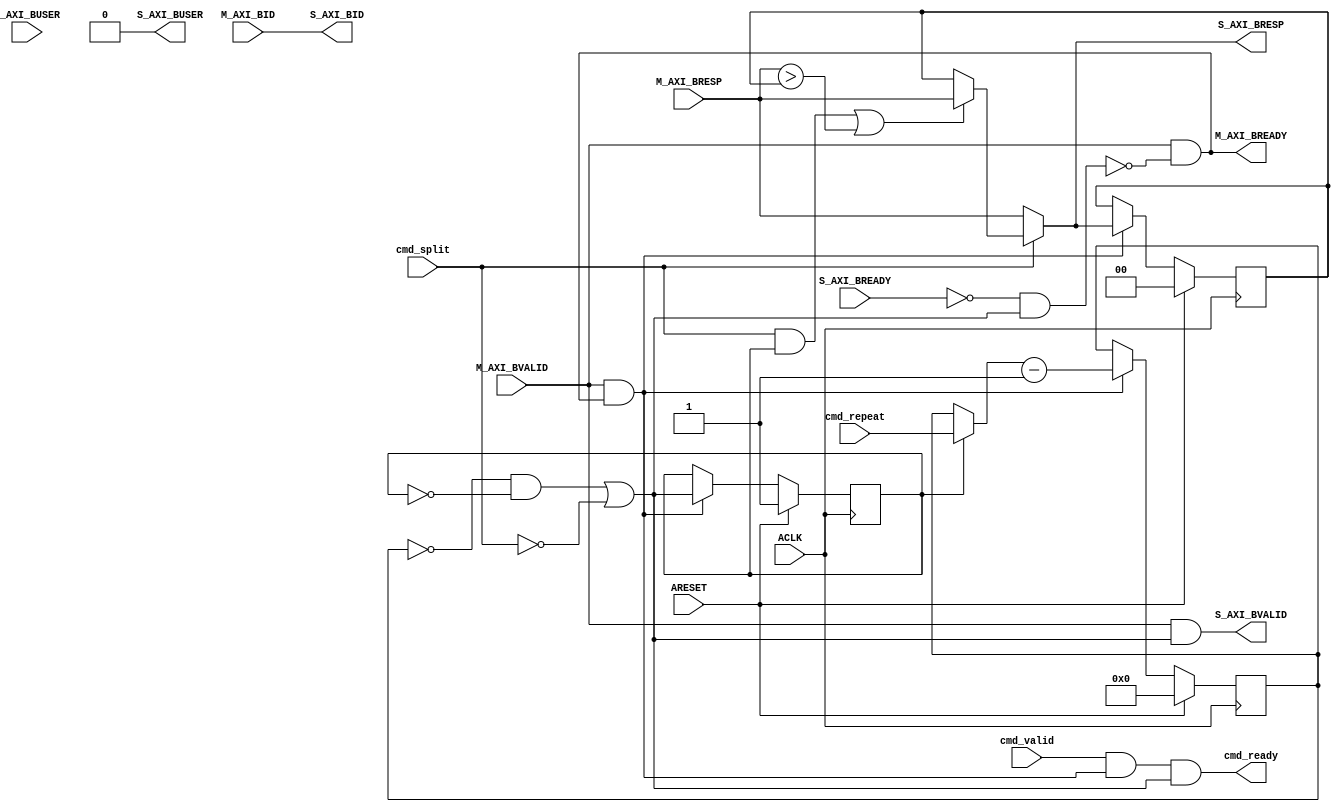
// -- (c) Copyright 2010 - 2011 Xilinx, Inc. All rights reserved.
// --
// -- This file contains confidential and proprietary information
// -- of Xilinx, Inc. and is protected under U.S. and 
// -- international copyright and other intellectual property
// -- laws.
// --
// -- DISCLAIMER
// -- This disclaimer is not a license and does not grant any
// -- rights to the materials distributed herewith. Except as
// -- otherwise provided in a valid license issued to you by
// -- Xilinx, and to the maximum extent permitted by applicable
// -- law: (1) THESE MATERIALS ARE MADE AVAILABLE "AS IS" AND
// -- WITH ALL FAULTS, AND XILINX HEREBY DISCLAIMS ALL WARRANTIES
// -- AND CONDITIONS, EXPRESS, IMPLIED, OR STATUTORY, INCLUDING
// -- BUT NOT LIMITED TO WARRANTIES OF MERCHANTABILITY, NON-
// -- INFRINGEMENT, OR FITNESS FOR ANY PARTICULAR PURPOSE; and
// -- (2) Xilinx shall not be liable (whether in contract or tort,
// -- including negligence, or under any other theory of
// -- liability) for any loss or damage of any kind or nature
// -- related to, arising under or in connection with these
// -- materials, including for any direct, or any indirect,
// -- special, incidental, or consequential loss or damage
// -- (including loss of data, profits, goodwill, or any type of
// -- loss or damage suffered as a result of any action brought
// -- by a third party) even if such damage or loss was
// -- reasonably foreseeable or Xilinx had been advised of the
// -- possibility of the same.
// --
// -- CRITICAL APPLICATIONS
// -- Xilinx products are not designed or intended to be fail-
// -- safe, or for use in any application requiring fail-safe
// -- performance, such as life-support or safety devices or
// -- systems, Class III medical devices, nuclear facilities,
// -- applications related to the deployment of airbags, or any
// -- other applications that could lead to death, personal
// -- injury, or severe property or environmental damage
// -- (individually and collectively, "Critical
// -- Applications"). Customer assumes the sole risk and
// -- liability of any use of Xilinx products in Critical
// -- Applications, subject only to applicable laws and
// -- regulations governing limitations on product liability.
// --
// -- THIS COPYRIGHT NOTICE AND DISCLAIMER MUST BE RETAINED AS
// -- PART OF THIS FILE AT ALL TIMES.
//-----------------------------------------------------------------------------
//
// Description: Write Data Response Down-Sizer
// Collect MI-side responses and set the SI-side response to the most critical
// level (in descending order):
//    DECERR, SLVERROR and OKAY.
// EXOKAY cannot occur for split transactions. 
//
//
// Verilog-standard:  Verilog 2001
//--------------------------------------------------------------------------
//
// Structure:
//   wr_upsizer
//
//--------------------------------------------------------------------------
`timescale 1ps/1ps

module ict106_b_downsizer #
  (
   parameter         C_FAMILY                         = "none", 
                       // FPGA Family. Current version: virtex6 or spartan6.
   parameter integer C_AXI_ID_WIDTH                   = 4, 
                       // Width of all ID signals on SI and MI side of converter.
                       // Range: >= 1.
   parameter integer C_AXI_SUPPORTS_USER_SIGNALS      = 0,
                       // 1 = Propagate all USER signals, 0 = Dont propagate.
   parameter integer C_AXI_BUSER_WIDTH                = 1
                       // Width of BUSER signals. 
                       // Range: >= 1.
   )
  (
   // Global Signals
   input  wire                                                    ARESET,
   input  wire                                                    ACLK,

   // Command Interface
   input  wire                              cmd_valid,
   input  wire                              cmd_split,
   input  wire [4-1:0]                      cmd_repeat,
   output wire                              cmd_ready,
   
   // Slave Interface Write Response Ports
   output wire [C_AXI_ID_WIDTH-1:0]           S_AXI_BID,
   output wire [2-1:0]                          S_AXI_BRESP,
   output wire [C_AXI_BUSER_WIDTH-1:0]          S_AXI_BUSER,
   output wire                                                    S_AXI_BVALID,
   input  wire                                                    S_AXI_BREADY,

   // Master Interface Write Response Ports
   input  wire [C_AXI_ID_WIDTH-1:0]          M_AXI_BID,
   input  wire [2-1:0]                         M_AXI_BRESP,
   input  wire [C_AXI_BUSER_WIDTH-1:0]         M_AXI_BUSER,
   input  wire                                                   M_AXI_BVALID,
   output wire                                                   M_AXI_BREADY
   );
  
  
  /////////////////////////////////////////////////////////////////////////////
  // Variables for generating parameter controlled instances.
  /////////////////////////////////////////////////////////////////////////////
  
  
  /////////////////////////////////////////////////////////////////////////////
  // Local params
  /////////////////////////////////////////////////////////////////////////////
  
  // Constants for packing levels.
  localparam [2-1:0] C_RESP_OKAY        = 2'b00;
  localparam [2-1:0] C_RESP_EXOKAY      = 2'b01;
  localparam [2-1:0] C_RESP_SLVERROR    = 2'b10;
  localparam [2-1:0] C_RESP_DECERR      = 2'b11;
  
  
  /////////////////////////////////////////////////////////////////////////////
  // Functions
  /////////////////////////////////////////////////////////////////////////////
  
  
  /////////////////////////////////////////////////////////////////////////////
  // Internal signals
  /////////////////////////////////////////////////////////////////////////////
  
  // Throttling help signals.
  wire                            cmd_ready_i;
  wire                            pop_mi_data;
  wire                            mi_stalling;
  
  // Repeat handling related.
  reg  [4-1:0]                    repeat_cnt_pre;
  reg  [4-1:0]                    repeat_cnt;
  wire [4-1:0]                    next_repeat_cnt;
  reg                             first_mi_word;
  wire                            last_word;
  
  // Ongoing split transaction.
  wire                            load_bresp;
  wire                            need_to_update_bresp;
  reg  [2-1:0]                    S_AXI_BRESP_ACC;
  
  // Internal signals for MI-side.
  wire                            M_AXI_BREADY_I;
  
  // Internal signals for SI-side.
  wire [C_AXI_ID_WIDTH-1:0]       S_AXI_BID_I;
  reg  [2-1:0]                    S_AXI_BRESP_I;
  wire [C_AXI_BUSER_WIDTH-1:0]    S_AXI_BUSER_I;
  wire                            S_AXI_BVALID_I;
  wire                            S_AXI_BREADY_I;
  
  
  /////////////////////////////////////////////////////////////////////////////
  // Handle interface handshaking:
  // 
  // The MI-side BRESP is popped when at once for split transactions, except 
  // for the last cycle that behaves like a "normal" transaction.
  // A "normal" BRESP is popped once the SI-side is able to use it,
  // 
  // 
  /////////////////////////////////////////////////////////////////////////////
  
  // Pop word from MI-side.
  assign M_AXI_BREADY_I = M_AXI_BVALID & ~mi_stalling;
  assign M_AXI_BREADY   = M_AXI_BREADY_I;
  
  // Indicate when there is a BRESP available @ SI-side.
  assign S_AXI_BVALID_I = M_AXI_BVALID & last_word;
  
  // Get MI-side data.
  assign pop_mi_data    = M_AXI_BVALID & M_AXI_BREADY_I;
  
  // Signal that the command is done (so that it can be poped from command queue).
  assign cmd_ready_i    = cmd_valid & pop_mi_data & last_word;
  assign cmd_ready      = cmd_ready_i;
  
  // Detect when MI-side is stalling.
  assign mi_stalling    = (~S_AXI_BREADY_I & last_word);
                          
  
  /////////////////////////////////////////////////////////////////////////////
  // Handle the accumulation of BRESP.
  // 
  // Forward the accumulated or MI-side BRESP value depending on state:
  //  * MI-side BRESP is forwarded untouched when it is a non split cycle.
  //    (MI-side BRESP value is also used when updating the accumulated for
  //     the last access during a split access).
  //  * The accumulated BRESP is for a split transaction.
  // 
  // The accumulated BRESP register is updated for each MI-side response that 
  // is used.
  // 
  /////////////////////////////////////////////////////////////////////////////
  
  // Force load accumulated BRESPs to first value
  assign load_bresp           = (cmd_split & first_mi_word);
  
  // Update if more critical.
  assign need_to_update_bresp = ( M_AXI_BRESP > S_AXI_BRESP_ACC );
  
  // Select accumultated or direct depending on setting.
  always @ *
  begin
    if ( cmd_split ) begin
      if ( load_bresp || need_to_update_bresp ) begin
        S_AXI_BRESP_I = M_AXI_BRESP;
      end else begin
        S_AXI_BRESP_I = S_AXI_BRESP_ACC;
      end
    end else begin
      S_AXI_BRESP_I = M_AXI_BRESP;
    end
  end
  
  // Accumulate MI-side BRESP.
  always @ (posedge ACLK) begin
    if (ARESET) begin
      S_AXI_BRESP_ACC <= C_RESP_OKAY;
    end else begin
      if ( pop_mi_data ) begin
        S_AXI_BRESP_ACC <= S_AXI_BRESP_I;
      end
    end
  end
  
  
  /////////////////////////////////////////////////////////////////////////////
  // Keep track of BRESP repeat counter.
  //
  // Last BRESP word is either:
  //  * The first and only word when not merging.
  //  * The last value when merging.
  // 
  // The internal counter is taken from the external command interface during
  // the first response when merging. The counter is updated each time a
  // BRESP is popped from the MI-side interface.
  // 
  /////////////////////////////////////////////////////////////////////////////
  
  // Determine last BRESP cycle.
  assign last_word  = ( ( repeat_cnt == 4'b0 ) & ~first_mi_word ) | 
                      ~cmd_split;
  
  // Select command reapeat or counted repeat value.
  always @ *
  begin
    if ( first_mi_word ) begin
      repeat_cnt_pre  =  cmd_repeat;
    end else begin
      repeat_cnt_pre  =  repeat_cnt;
    end
  end
  
  // Calculate next repeat counter value.
  assign next_repeat_cnt  = repeat_cnt_pre - 1'b1;
  
  // Keep track of the repeat count.
  always @ (posedge ACLK) begin
    if (ARESET) begin
      repeat_cnt    <= 4'b0;
      first_mi_word <= 1'b1;
    end else begin
      if ( pop_mi_data ) begin
        repeat_cnt    <= next_repeat_cnt;
        first_mi_word <= last_word;
      end
    end
  end
  
  
  /////////////////////////////////////////////////////////////////////////////
  // BID Handling
  /////////////////////////////////////////////////////////////////////////////
  
  assign S_AXI_BID_I  = M_AXI_BID;
  
  
  /////////////////////////////////////////////////////////////////////////////
  // USER Data bits
  // 
  // The last USER bits are simply taken from the last BRESP that is merged.
  // Ground USER bits when unused.
  /////////////////////////////////////////////////////////////////////////////
  
  // Select USER bits.
  assign S_AXI_BUSER_I = {C_AXI_BUSER_WIDTH{1'b0}};
  
  
  /////////////////////////////////////////////////////////////////////////////
  // SI-side output handling
  /////////////////////////////////////////////////////////////////////////////
// TODO: registered?  
  assign S_AXI_BID      = S_AXI_BID_I;
  assign S_AXI_BRESP    = S_AXI_BRESP_I;
  assign S_AXI_BUSER    = S_AXI_BUSER_I;
  assign S_AXI_BVALID   = S_AXI_BVALID_I;
  assign S_AXI_BREADY_I = S_AXI_BREADY;
  
  
endmodule